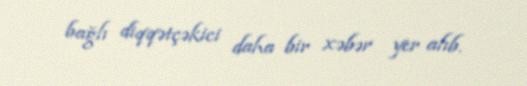
bağlı diqqətçəkici daha bir xəbər yer alıb.